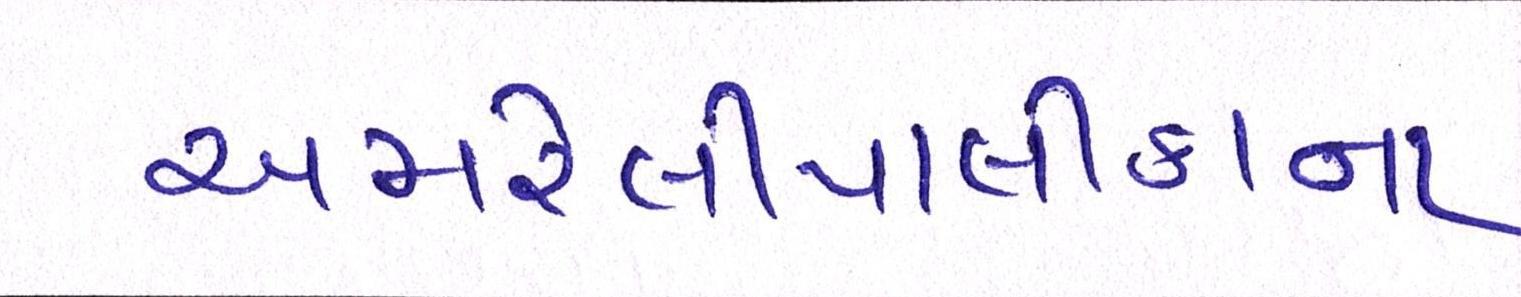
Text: અમરેલીપાલીકાના